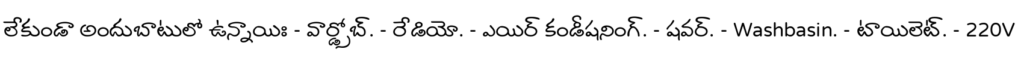
లేకుండా అందుబాటులో ఉన్నాయిః - వార్డ్రోబ్. - రేడియో. - ఎయిర్ కండీషనింగ్. - షవర్. - Washbasin. - టాయిలెట్. - 220V